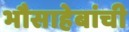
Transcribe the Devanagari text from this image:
भौसाहेबांची